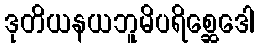
ဒုတိယနယဘူမိပရိစ္ဆေဒေါ